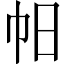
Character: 𢁯